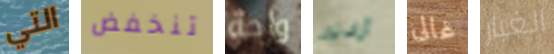
التي تنخفض واحة أرادته غالى الغبار